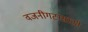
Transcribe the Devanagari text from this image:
वजनीगटासाठी